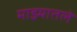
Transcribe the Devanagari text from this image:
माझ्यातले